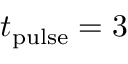
t _ { \mathrm { p u l s e } } = 3